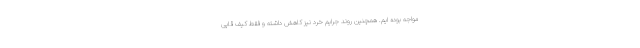
مواجه بوده ایم. همچنین روند جرایم خرد نیز کاهش داشته و فقط کیف قاپی